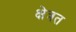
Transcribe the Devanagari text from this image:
क्षेत्रत